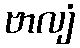
ဗာလျံ